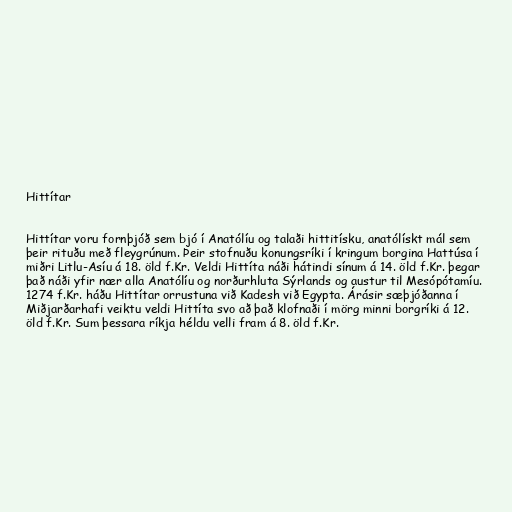
Hittítar

Hittítar voru fornþjóð sem bjó í Anatólíu og talaði hittitísku, anatólískt mál sem
þeir rituðu með fleygrúnum. Þeir stofnuðu konungsríki í kringum borgina Hattúsa í
miðri Litlu-Asíu á 18. öld f.Kr. Veldi Hittíta náði hátindi sínum á 14. öld f.Kr. þegar
það náði yfir nær alla Anatólíu og norðurhluta Sýrlands og austur til Mesópótamíu.
1274 f.Kr. háðu Hittítar orrustuna við Kadesh við Egypta. Árásir sæþjóðanna í
Miðjarðarhafi veiktu veldi Hittíta svo að það klofnaði í mörg minni borgríki á 12.
öld f.Kr. Sum þessara ríkja héldu velli fram á 8. öld f.Kr.